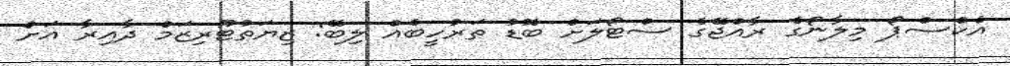
އެކްސްޕޯ މިލާނޯގެ ރާއްޖޭގެ ސްޓޯލަށް ބޮޑު ތަރުހީބެއް ލިބޭ: ޒިޔަތުޓޫރިޒަމް ދާއިރާ އަށް